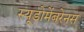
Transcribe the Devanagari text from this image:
स्यूडोमेंबरेनस